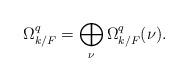
LaTeX: \begin{align*} \Omega^q_{k/F}=\bigoplus_{\nu}\Omega^q_{k/F}(\nu). \end{align*}